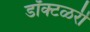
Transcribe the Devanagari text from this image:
डॉक्टळरी